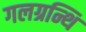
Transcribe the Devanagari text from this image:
गलग्रन्थि